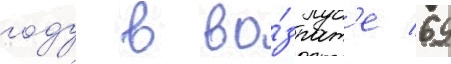
году в во́зраст'е 69